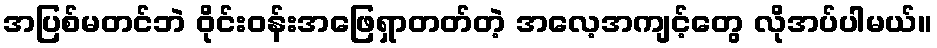
အပြစ်မတင်ဘဲ ဝိုင်းဝန်းအဖြေရှာတတ်တဲ့ အလေ့အကျင့်တွေ လိုအပ်ပါမယ်။